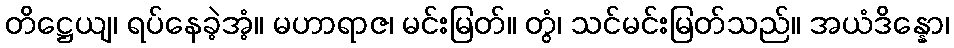
တိဋ္ဌေယျ၊ ရပ်နေခဲ့အံ့။ မဟာရာဇ၊ မင်းမြတ်။ တွံ၊ သင်မင်းမြတ်သည်။ အယံဒိန္နော၊